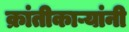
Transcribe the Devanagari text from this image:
क्रांतीकाऱ्यांनी